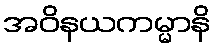
အဝိနယကမ္မာနိ